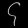
Digit: ၄